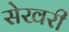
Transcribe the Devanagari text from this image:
सेखरी